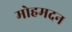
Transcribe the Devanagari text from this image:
मोहमदन